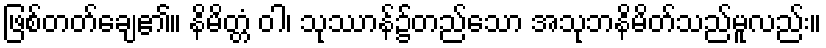
ဖြစ်တတ်ချေ၏။ နိမိတ္တံ ဝါ၊ သုဿာန်၌တည်သော အသုဘနိမိတ်သည်မူလည်း။